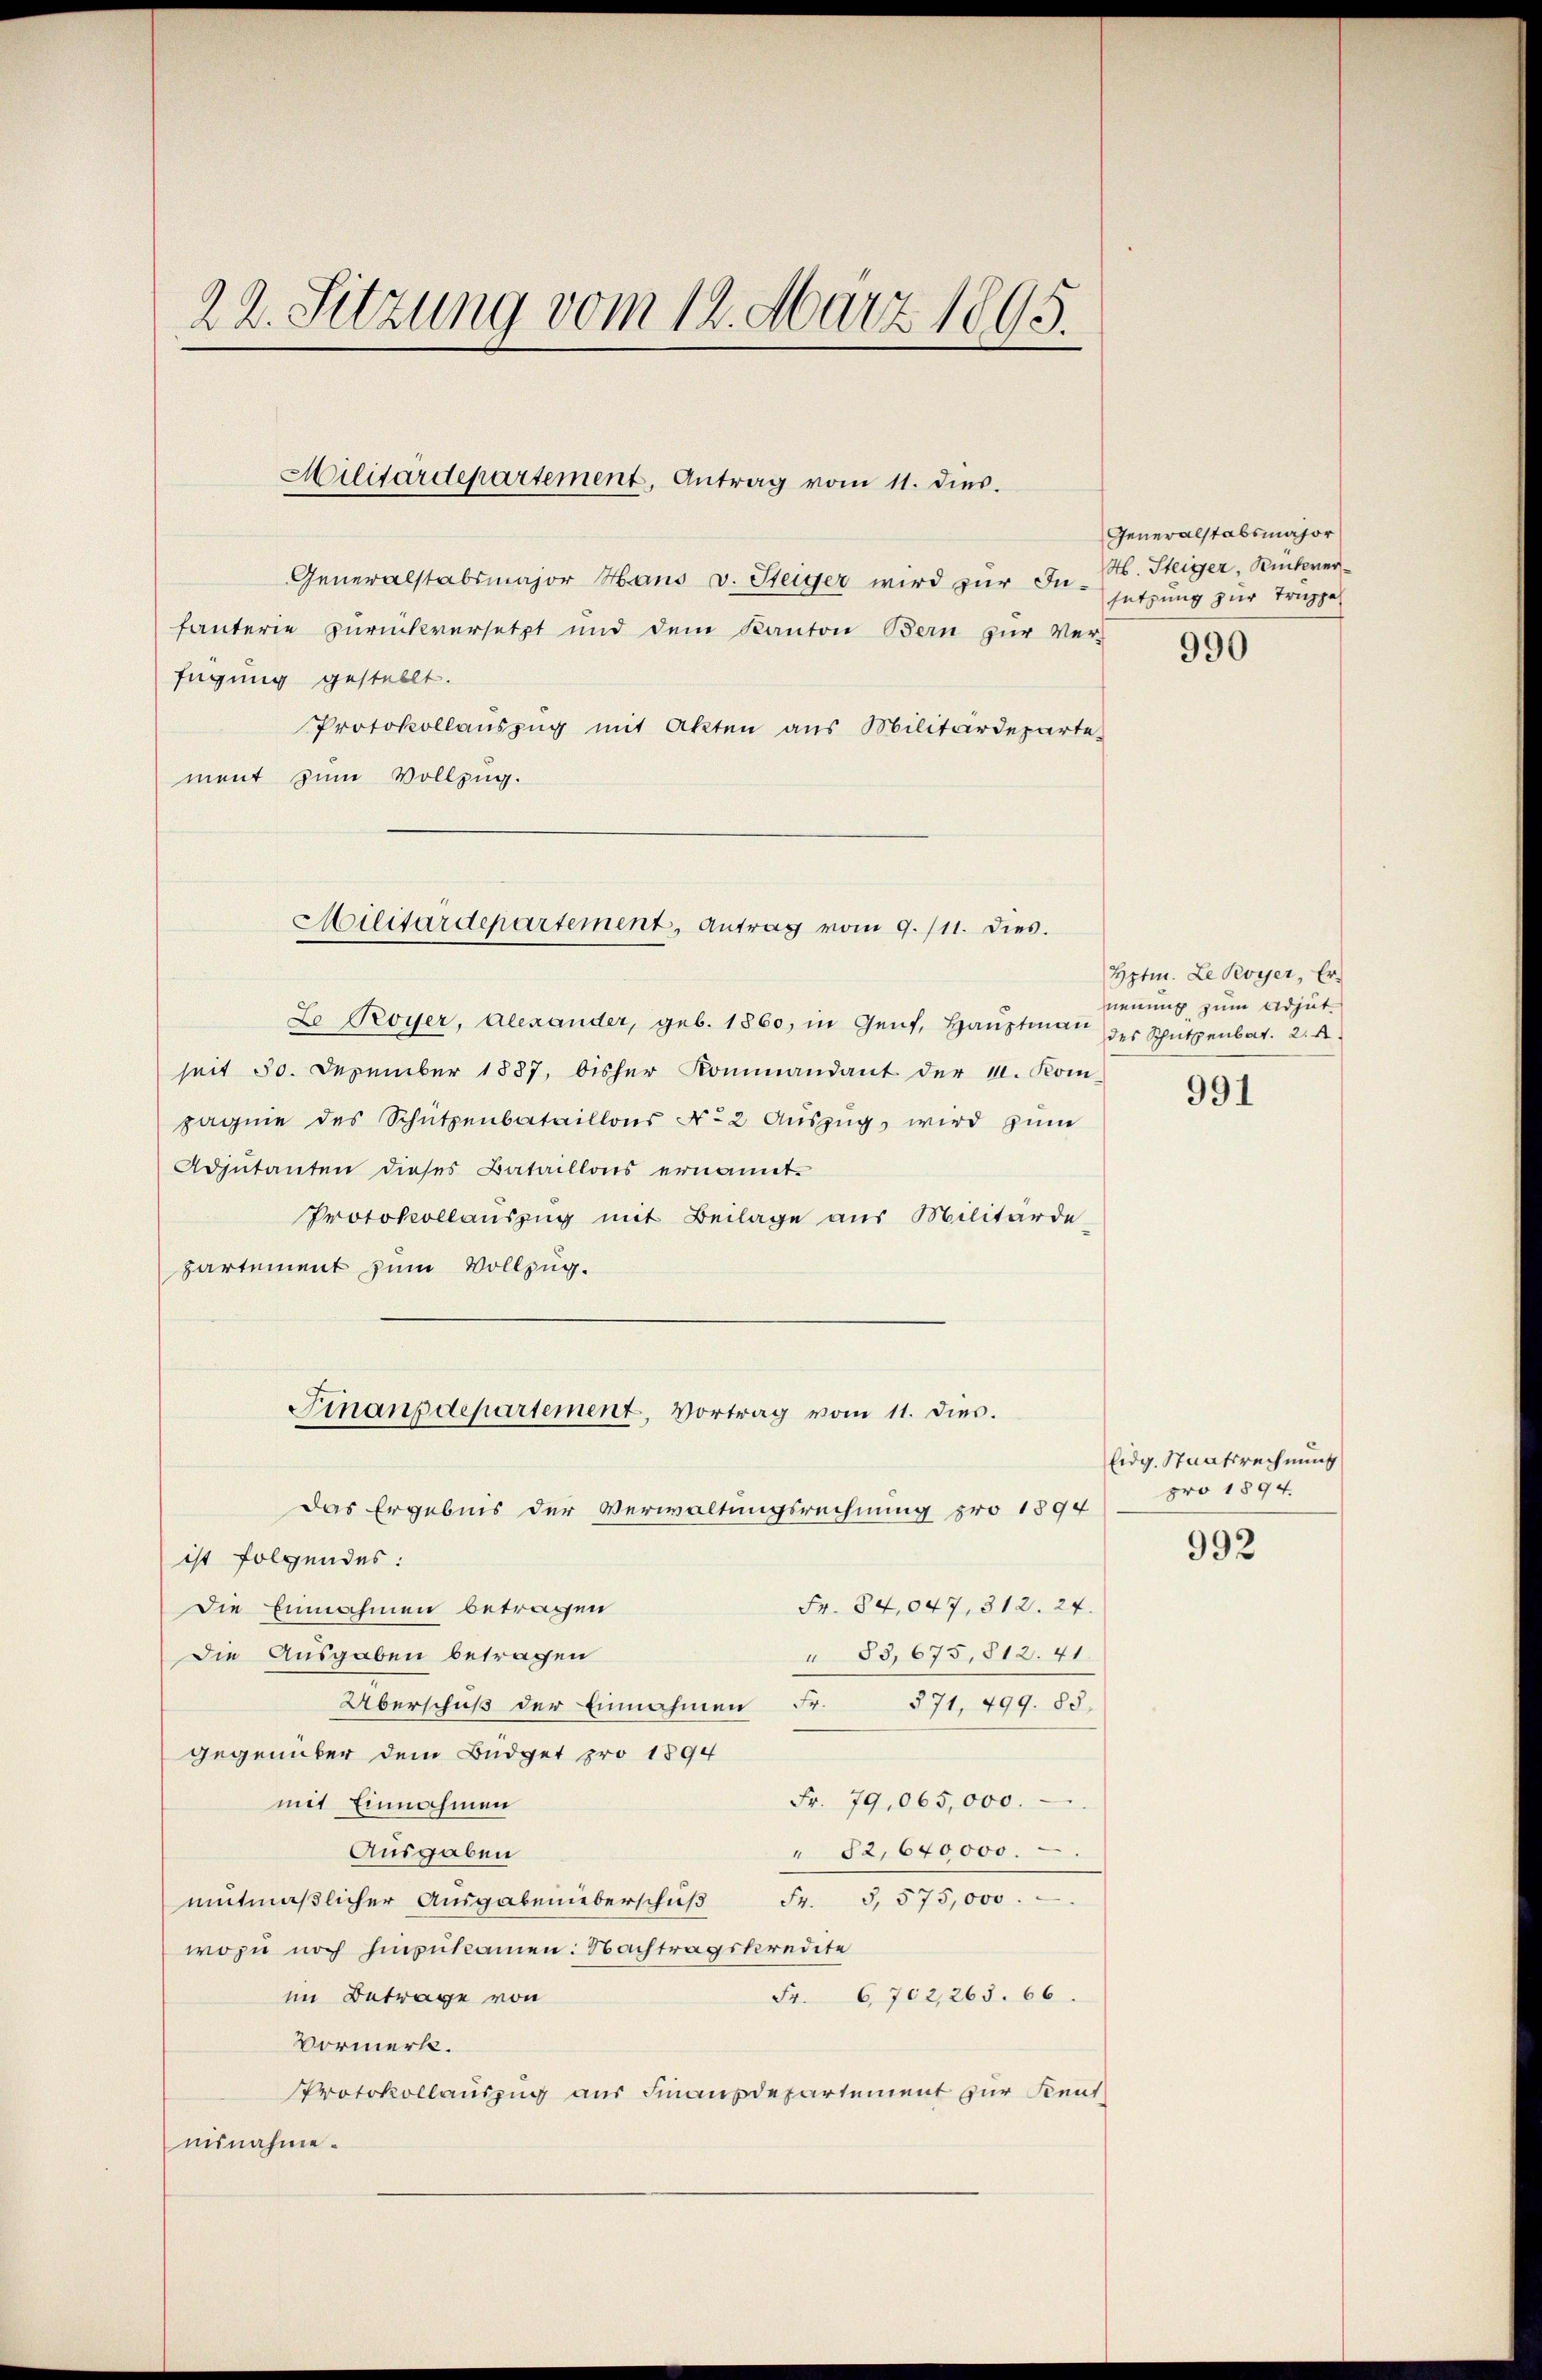
22. Sitzung vom 12. März 1895.

Generalstabsmajor Hans v. Steiger wird zur Gesetzung zur Truppe
fanterie zurückversetzt und dem Kanton Bern zur Verfügung gestellt.
Protokollauszug mit Akten aus Militärdeparte
ment zum Vollzug.

Militärdepartement, Antrag vom 11. dies.

Militärdepartement, Antrag vom 9./11. dies.

Finanzdepartement, Vortrag vom 11. dies.

L Royer, Alexander, geb. 1860, in Genf, Haŭptmann des Schützenbat. 2. d.
seit 50. Dezember 1887, bisher Kommandant der u. Kom-
pagnie des Schützenbataillons No 2. Auszug, wird zum
Adjutanten dieses Bataillons ernannt.
Protokollauszug mit Beilage aus Militärde
partement zum Vollzug.
das Ergebnis der Verwaltungsrechnung pro 1894
ist folgendes:
Fr. 84,047, 312. 24.
Die Einnahmen betragen
Die Ausgaben betragen
83,675,812. 41.
571, 799. 88.
Überschuß der Einnahmen Fr.
gegenüber dem Büdget pro 1894
Fr. 79,065,000.
mit Einnahmen
Ausgaben
" 82,640000.
mŭtmaβlicher Aŭsgabenüberschŭβ Fr. 5. 575,000.
wozu noch hinzukamen: Nachtragskredite
Fr. 6702,263. 66.
im Betrage von
Vormerk.
Protokollauszug aus Finanzdepartement zur Sent
aisnahme.

Generalstabsmajor
H. Steiger, Rückwer¬

990

Hptm. Le poyer, Erneuung zum Adjut¬

991

Eidg. Staatsrechnung
pro 1894.

992